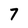
Character: 7